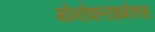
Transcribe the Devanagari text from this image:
मोनोक्लाइमेक्स